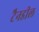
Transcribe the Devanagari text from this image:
टैनडील